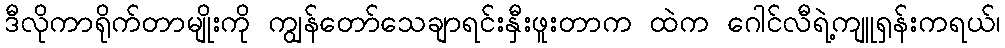
ဒီလိုကာရိုက်တာမျိုးကို ကျွန်တော်သေချာရင်းနှီးဖူးတာက ထဲက ဂေါင်လီရဲ့ကျူရှန်းကရယ်၊